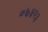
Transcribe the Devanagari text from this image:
०७४२३